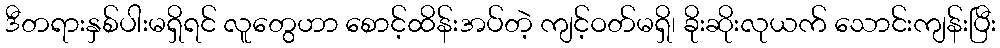
ဒီတရားနှစ်ပါးမရှိရင် လူတွေဟာ စောင့်ထိန်းအပ်တဲ့ ကျင့်ဝတ်မရှိ၊ ခိုးဆိုးလုယက် သောင်းကျန်းပြီး